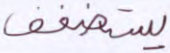
يستضعف